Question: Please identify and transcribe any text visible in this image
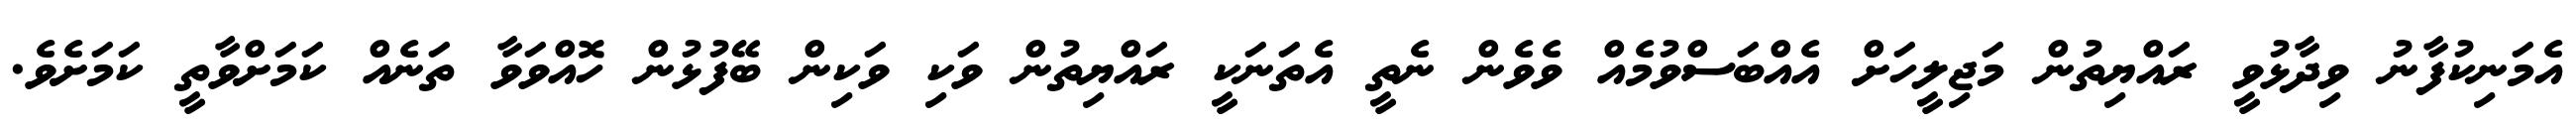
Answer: އެމަނިކުފާނު ވިދާޅުވީ ރައްޔިތުން މަޖިލީހަށް އެއްބަސްވުމެއް ވެވެން ނެތީ އެތަނަކީ ރައްޔިތުން ވަކި ވަކިން ބޭފުޅުން ހޮއްވަވާ ތަނެއް ކަމަށްވާތީ ކަމަށެވެ.